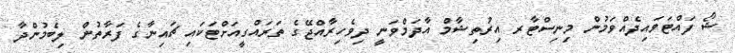
ޝޯ ފައްޓަވައިދެއްވަމުން މިނިސްޓާރ އިރުތިޝާމް އާދަމްވަނީ ދިވެހިރާއްޖޭގެ ތަރައްގީއަށްޓަކައި ޗައިނާގެ ފަރާތުން ލިބެމުންދާ